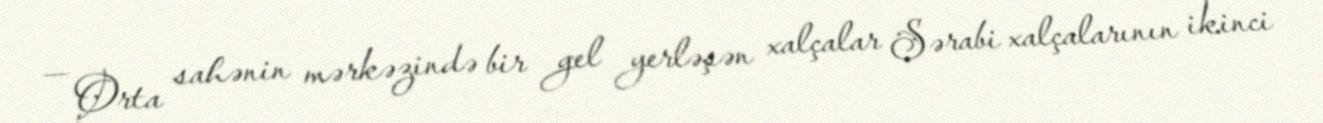
— Orta sahənin mərkəzində bir gel yerləşən xalçalar Sərabi xalçalarının ikinci